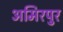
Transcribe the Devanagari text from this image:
अमिरपुर